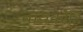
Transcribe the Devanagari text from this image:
बायकोहि